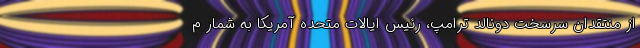
از منتقدان سرسخت دونالد ترامپ، رئیس ایالات متحده آمریکا به شمار م